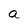
Character: a